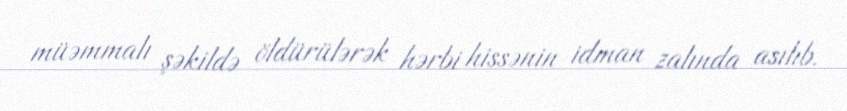
müəmmalı şəkildə öldürülərək hərbi hissənin idman zalında asılıb.